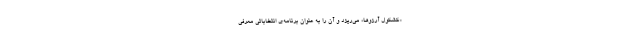
«کشکول آرزوها» می‌ریزد و آن را به عنوان برنامه‌‌ی انتخاباتی معرفی